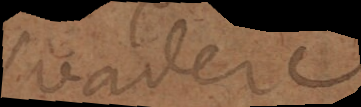
suadere